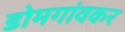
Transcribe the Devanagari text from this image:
डोमगांवकर